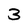
Character: 3